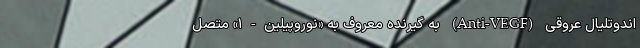
اندوتلیال عروقی (Anti-VEGF) به گیرنده معروف به «نوروپیلین-۱» متصل